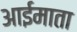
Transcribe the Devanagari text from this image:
आईमाता